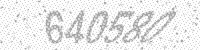
Solution: 640580